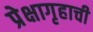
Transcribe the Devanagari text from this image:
प्रेक्षागृहाची